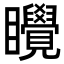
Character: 𬑬